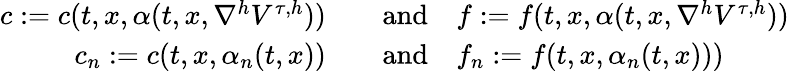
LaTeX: \begin{array}{rl}{c:=c(t,x,\alpha(t,x,\nabla^{h}V^{\tau,h}))\quad}&{\mathrm{and}\quad f:=f(t,x,\alpha(t,x,\nabla^{h}V^{\tau,h}))}\\ {c_{n}:=c(t,x,\alpha_{n}(t,x))\quad}&{\mathrm{and}\quad f_{n}:=f(t,x,\alpha_{n}(t,x)))}\end{array}